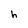
Character: h